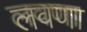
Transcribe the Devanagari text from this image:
लवणा